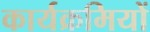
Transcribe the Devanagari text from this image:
कार्यक्रमियों